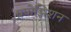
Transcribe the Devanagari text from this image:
प्रपोझिशन